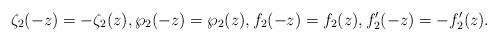
LaTeX: \begin{align*}\zeta_2(-z)=-\zeta_2(z),\wp_2(-z)=\wp_2(z),f_2(-z)=f_2(z), f_2'(-z)=-f_2'(z).\end{align*}